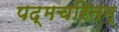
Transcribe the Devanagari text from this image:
पद्मचरितम्